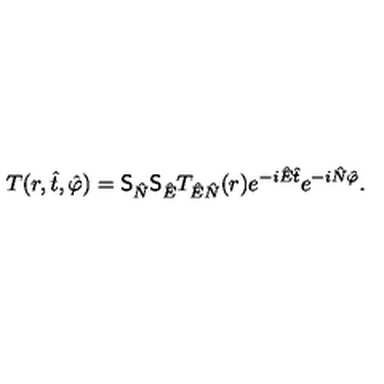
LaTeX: T ( r , \hat { t } , \hat { \varphi } ) = \mathrm { \large \sf S } _ { \hat { N } } \mathrm { \large \sf S } _ { \hat { E } } T _ { \hat { E } \hat { N } } ( r ) e ^ { - i \hat { E } \hat { t } } e ^ { - i \hat { N } \hat { \varphi } } .